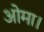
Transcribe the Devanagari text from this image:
ओमा।